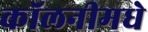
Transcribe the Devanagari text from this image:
कॉलनीमधे